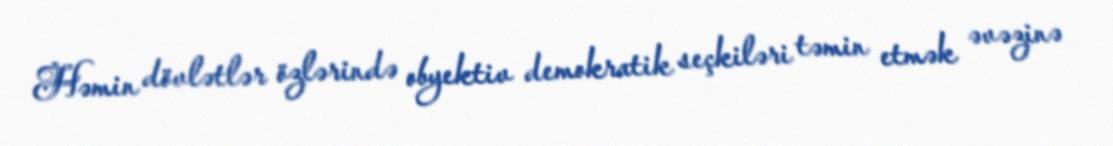
Həmin dövlətlər özlərində obyektiv demokratik seçkiləri təmin etmək əvəzinə